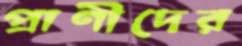
প্রাণীদের